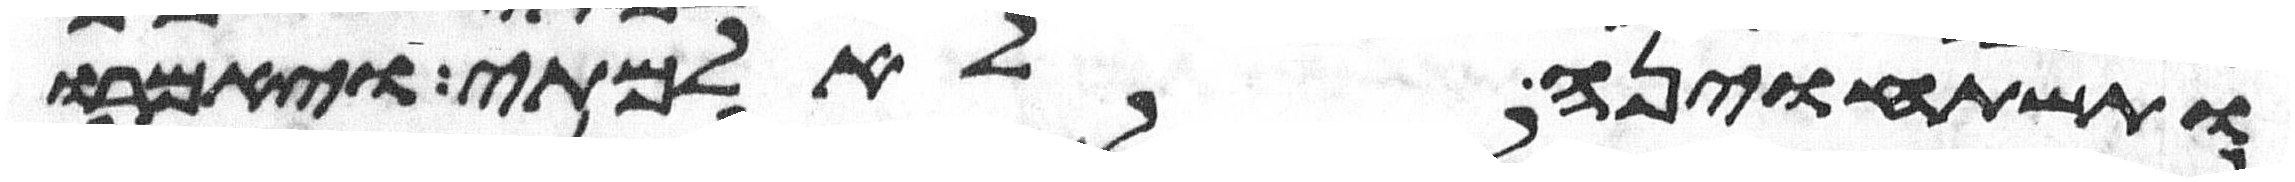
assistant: ותשתחוינה לאלמתי ויאמרו